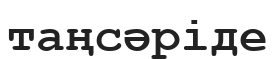
таңсәріде